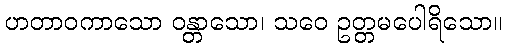
ဟတာဝကာသော ဝန္တာသော၊ သဝေ ဥတ္တမပေါရိသော။